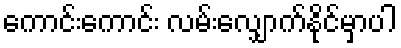
ကောင်းကောင်း လမ်းလျှောက်နိုင်မှာပါ